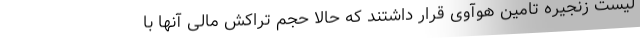
لیست زنجیره تامین هوآوی قرار داشتند که حالا حجم تراکش مالی آنها با